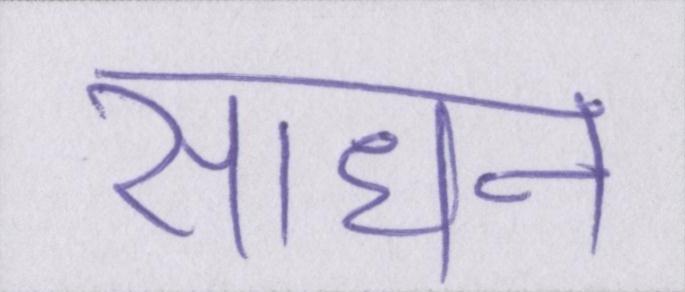
साधन